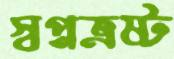
স্বপ্নভ্রষ্ট